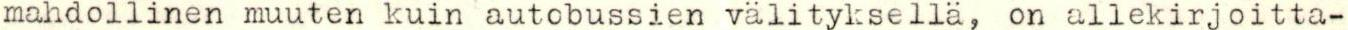
mahdollinen muuten kuin autobussien välityksellä, on allekirjoitta-